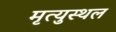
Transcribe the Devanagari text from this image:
मृत्युस्थल